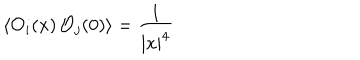
\langle { \cal O } _ { i } ( x ) \, { \cal O } _ { j } ( 0 ) \rangle = { \frac { 1 } { | x | ^ { 4 } } }